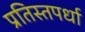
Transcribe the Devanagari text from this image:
प्रतिस्तपर्धा